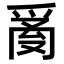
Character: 𤔔